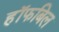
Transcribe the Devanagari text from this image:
हॉफबिल